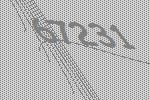
67231